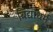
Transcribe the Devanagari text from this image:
बिद्याधर्म